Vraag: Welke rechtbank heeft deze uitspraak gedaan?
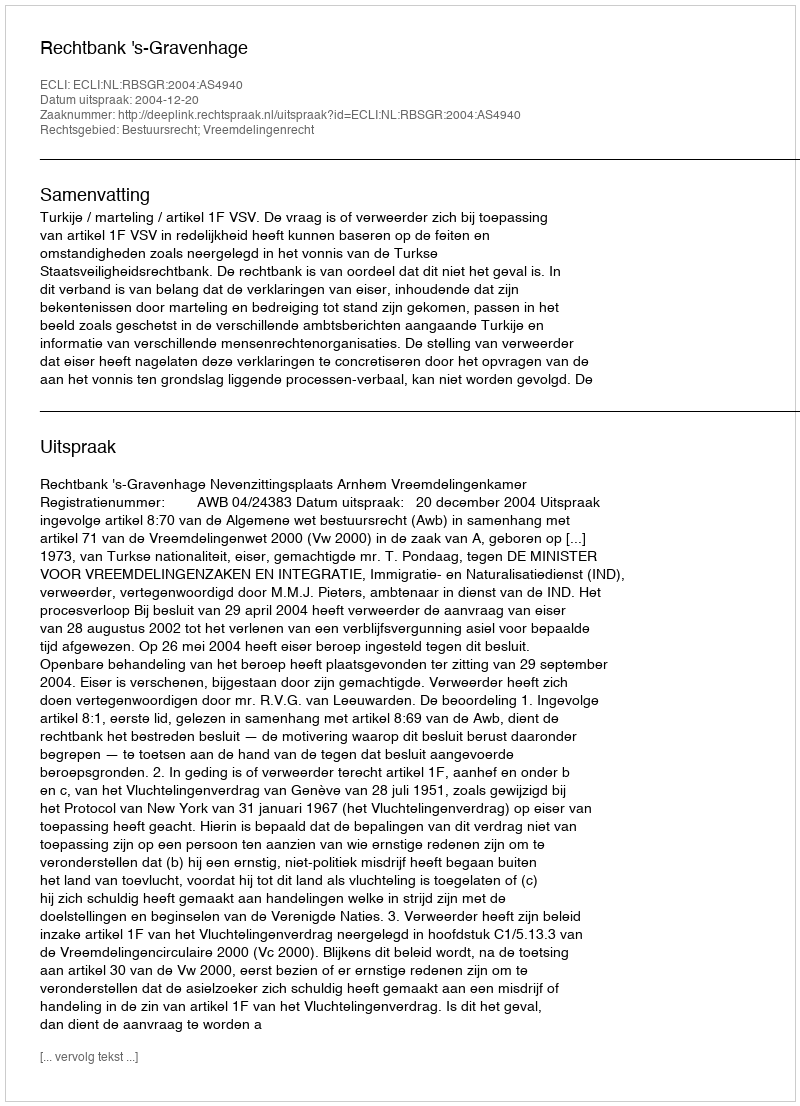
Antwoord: Rechtbank 's-Gravenhage